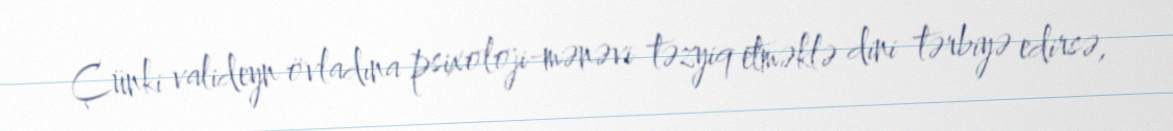
Çünki valideyn övladına psixoloji-mənəvi təzyiq etməklə dini tərbiyə edirsə,